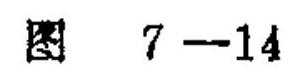
图 \(7 - 14\)